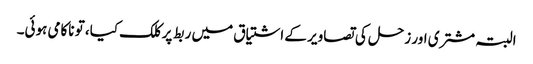
البتہ مشتری اور زحل کی تصاویر کے اشتیاق میں ربط پر کلک کیا، تو ناکامی ہوئی۔